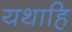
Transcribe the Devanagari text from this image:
यथाहि